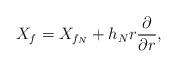
LaTeX: \begin{align*}X_f=X_{f_N}+h_Nr\frac{\partial}{\partial r},\end{align*}